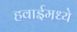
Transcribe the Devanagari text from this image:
हवाईमध्ये